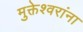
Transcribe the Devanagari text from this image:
मुक्तेश्वरांना